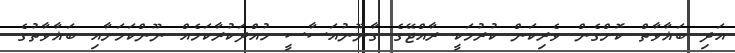
އަދި ބަޣާވާތް ކޮށްގެން ވެރިކަން ކުރުމަކީ ރާއްޖޭގެ ގާނޫނުއަސާސީ ހުއްދަކުރާކަމެއް ނޫންކަމަށާއި ބަޣާވާތުގެ